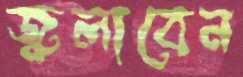
জ্বলাবেন